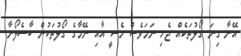
އޭނާ ގިނަ ގޯލުތަކެއް ޖެހި ނަމަވެސް މެސީ އާއި ނޭމާގެ ގޯލުތަކުން ބާސެލޯނާ